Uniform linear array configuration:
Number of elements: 12
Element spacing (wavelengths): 0.5
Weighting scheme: blackman
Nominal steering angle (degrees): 60
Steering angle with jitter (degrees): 58.978
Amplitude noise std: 0.05
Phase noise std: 0.05

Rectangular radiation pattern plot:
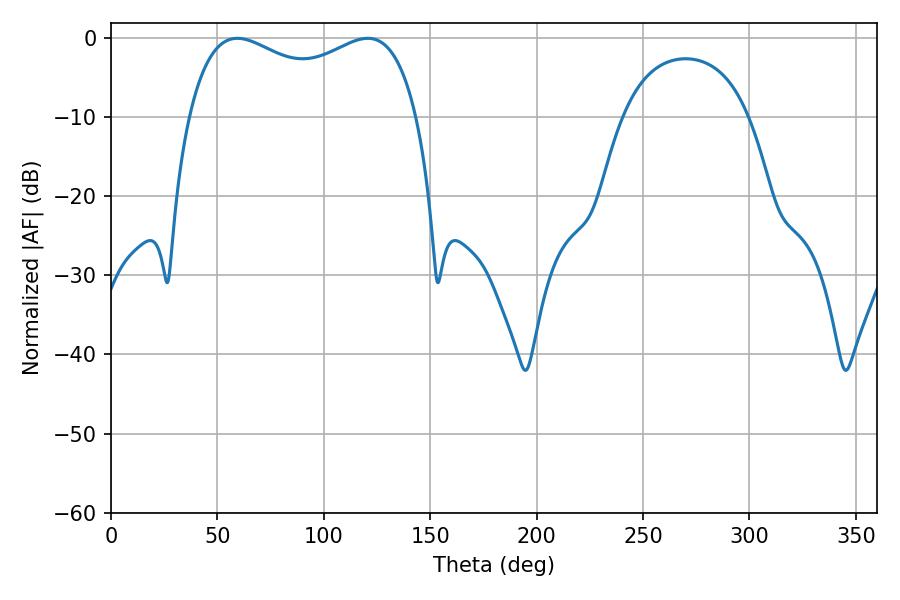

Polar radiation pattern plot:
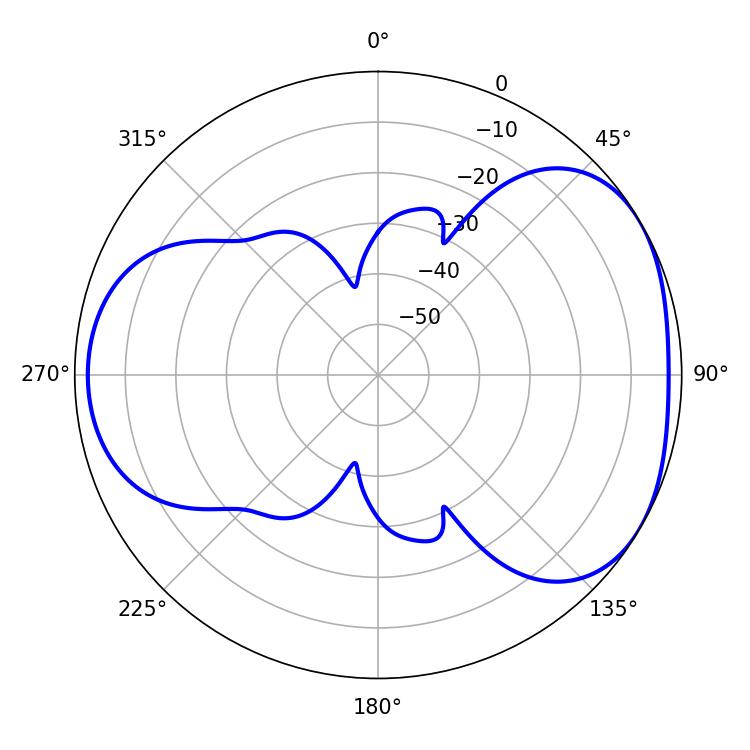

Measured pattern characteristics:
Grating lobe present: FALSE
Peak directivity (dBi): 4.277
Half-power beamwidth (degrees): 88.92
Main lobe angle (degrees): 59.4